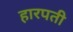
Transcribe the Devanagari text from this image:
हारपती